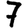
Digit: 7